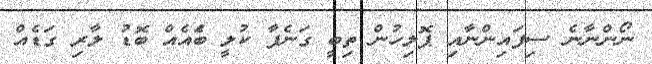
ނޯންނާނެ ސިފައިންނާއި ޕޮލިހުން ތިބީ ގަނެފާ ކުލީ ބަެއެއް ބޮޑު ލާރި ގަޑެއް